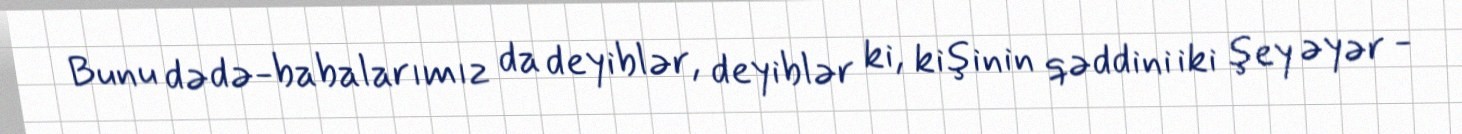
Bunu dədə-babalarımız da deyiblər, deyiblər ki, kişinin qəddini iki şey əyər -